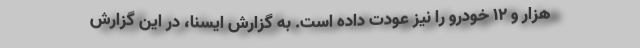
هزار و ۱۲ خودرو را نیز عودت داده است. به گزارش ایسنا، در این گزارش